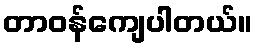
တာဝန်ကျေပါတယ်။